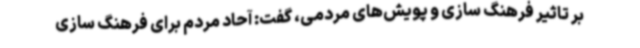
بر تاثیر فرهنگ سازی و پویش‌های مردمی، گفت: آحاد مردم برای فرهنگ سازی